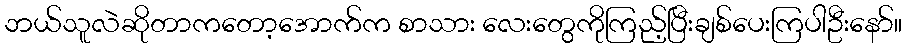
ဘယ်သူလဲဆိုတာကတော့အောက်က စာသား လေးတွေကိုကြည့်ပြီးချစ်ပေးကြပါဦးနော်။